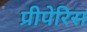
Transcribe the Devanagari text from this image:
प्रीपेरिस